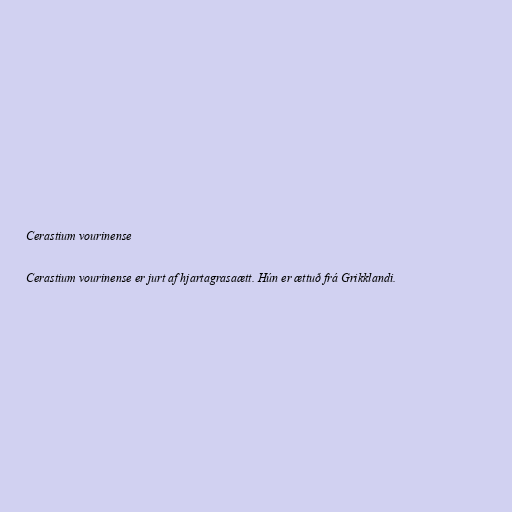
Cerastium vourinense

Cerastium vourinense er jurt af hjartagrasaætt. Hún er ættuð frá Grikklandi.